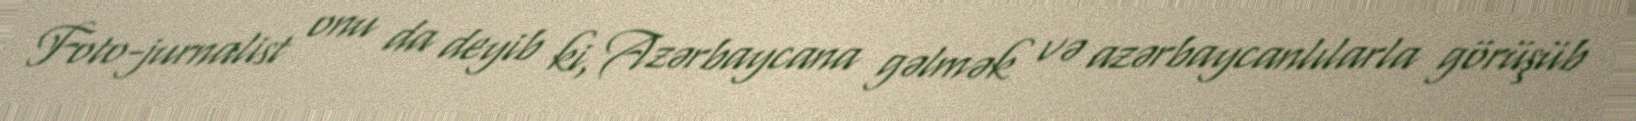
Foto-jurnalist onu da deyib ki, Azərbaycana gəlmək və azərbaycanlılarla görüşüb